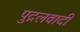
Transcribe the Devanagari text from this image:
पुद्गलवादी